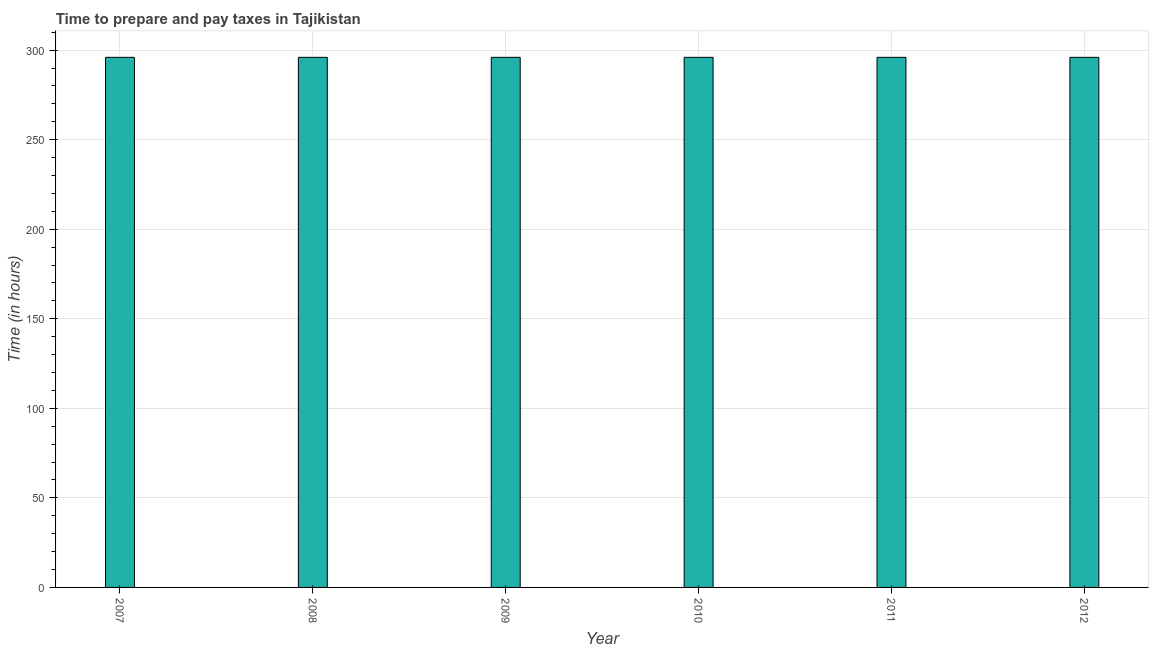
| Year | Time to prepare and pay taxes |
 | --- | --- |
 | 2007 | 296 |
 | 2008 | 296 |
 | 2009 | 296 |
 | 2010 | 296 |
 | 2011 | 296 |
 | 2012 | 296 |